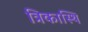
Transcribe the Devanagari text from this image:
त्रिकास्थि